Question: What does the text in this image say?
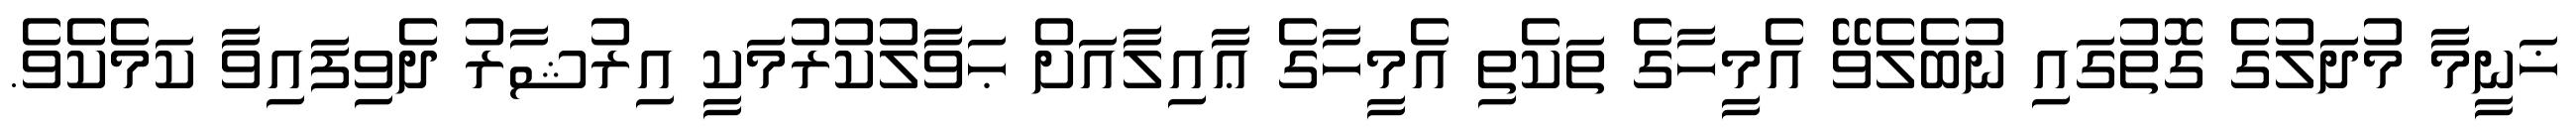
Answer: ޚަނީމާ މުދަލުގެ ގޮތުގައި ނުބެލެވޭ އެމީހާގެ ތަކެތި އެމީހާގެ ޢާއިލާއަށް ޙަވާލުކުރުމަކީ އިރުޝާރު ދެވިފައިވާ ކަމެކެވެ.